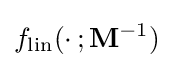
f_{\text{lin}}(\cdot \,;\mathbf {M} ^{-1})